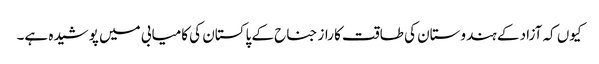
کیوں کہ آزاد کے ہندوستان کی طاقت کا راز جناح کے پاکستان کی کامیابی میں پوشیدہ ہے۔